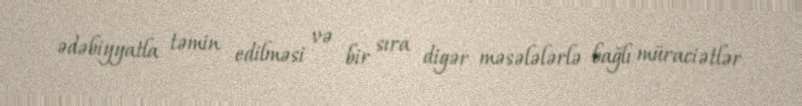
ədəbiyyatla təmin edilməsi və bir sıra digər məsələlərlə bağlı müraciətlər